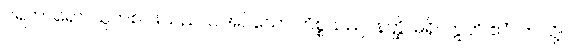
ပရကာရော၊ သူတစ်ပါးသည် ပြုအပ်သော ကိစ္စသည်။ နတ္ထိ၊ မရှိ။ ဣတိ ဧဝံ၊ ဤသို့။